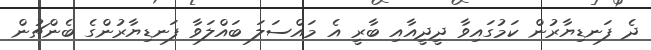
ދެ ފަނޑިޔާރުން ކަަމުގައިވާ ދީދީއާއި ބާރީ އެ މައްސަލަ ބައްލަވާ ފަނޑިޔާރުންގެ ބެންޗުން